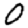
Digit: 0